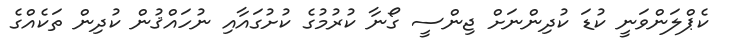
ކެޕްލަންވަނީ ކުޑަ ކުދިންނަށް ޖިންސީ ގޯނާ ކުރުމުގެ ކުށުގައާއި ނުހައްޤުން ކުދިން ތަކެއްގެ